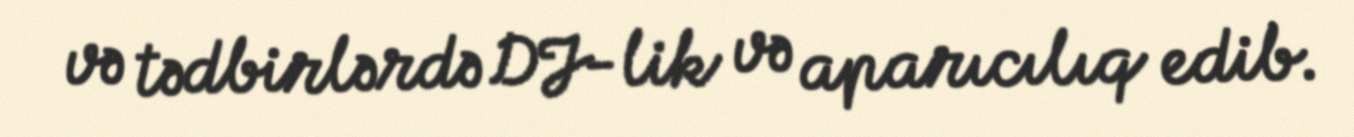
və tədbirlərdə DJ-lik və aparıcılıq edib.